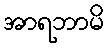
အာရဘာမိ